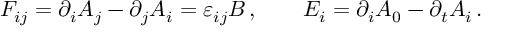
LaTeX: F _ { i j } = \partial _ { i } A _ { j } - \partial _ { j } A _ { i } = \varepsilon _ { i j } B \, , \qquad E _ { i } = \partial _ { i } A _ { 0 } - \partial _ { t } A _ { i } \, .